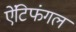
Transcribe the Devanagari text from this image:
ऐंटिफंगल